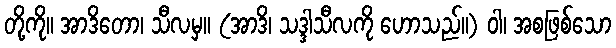
တို့ကို။ အာဒိတော၊ သီလမှ။ (အာဒိ၊ သဒ္ဒါသီလကို ဟောသည်။) ဝါ၊ အစဖြစ်သော